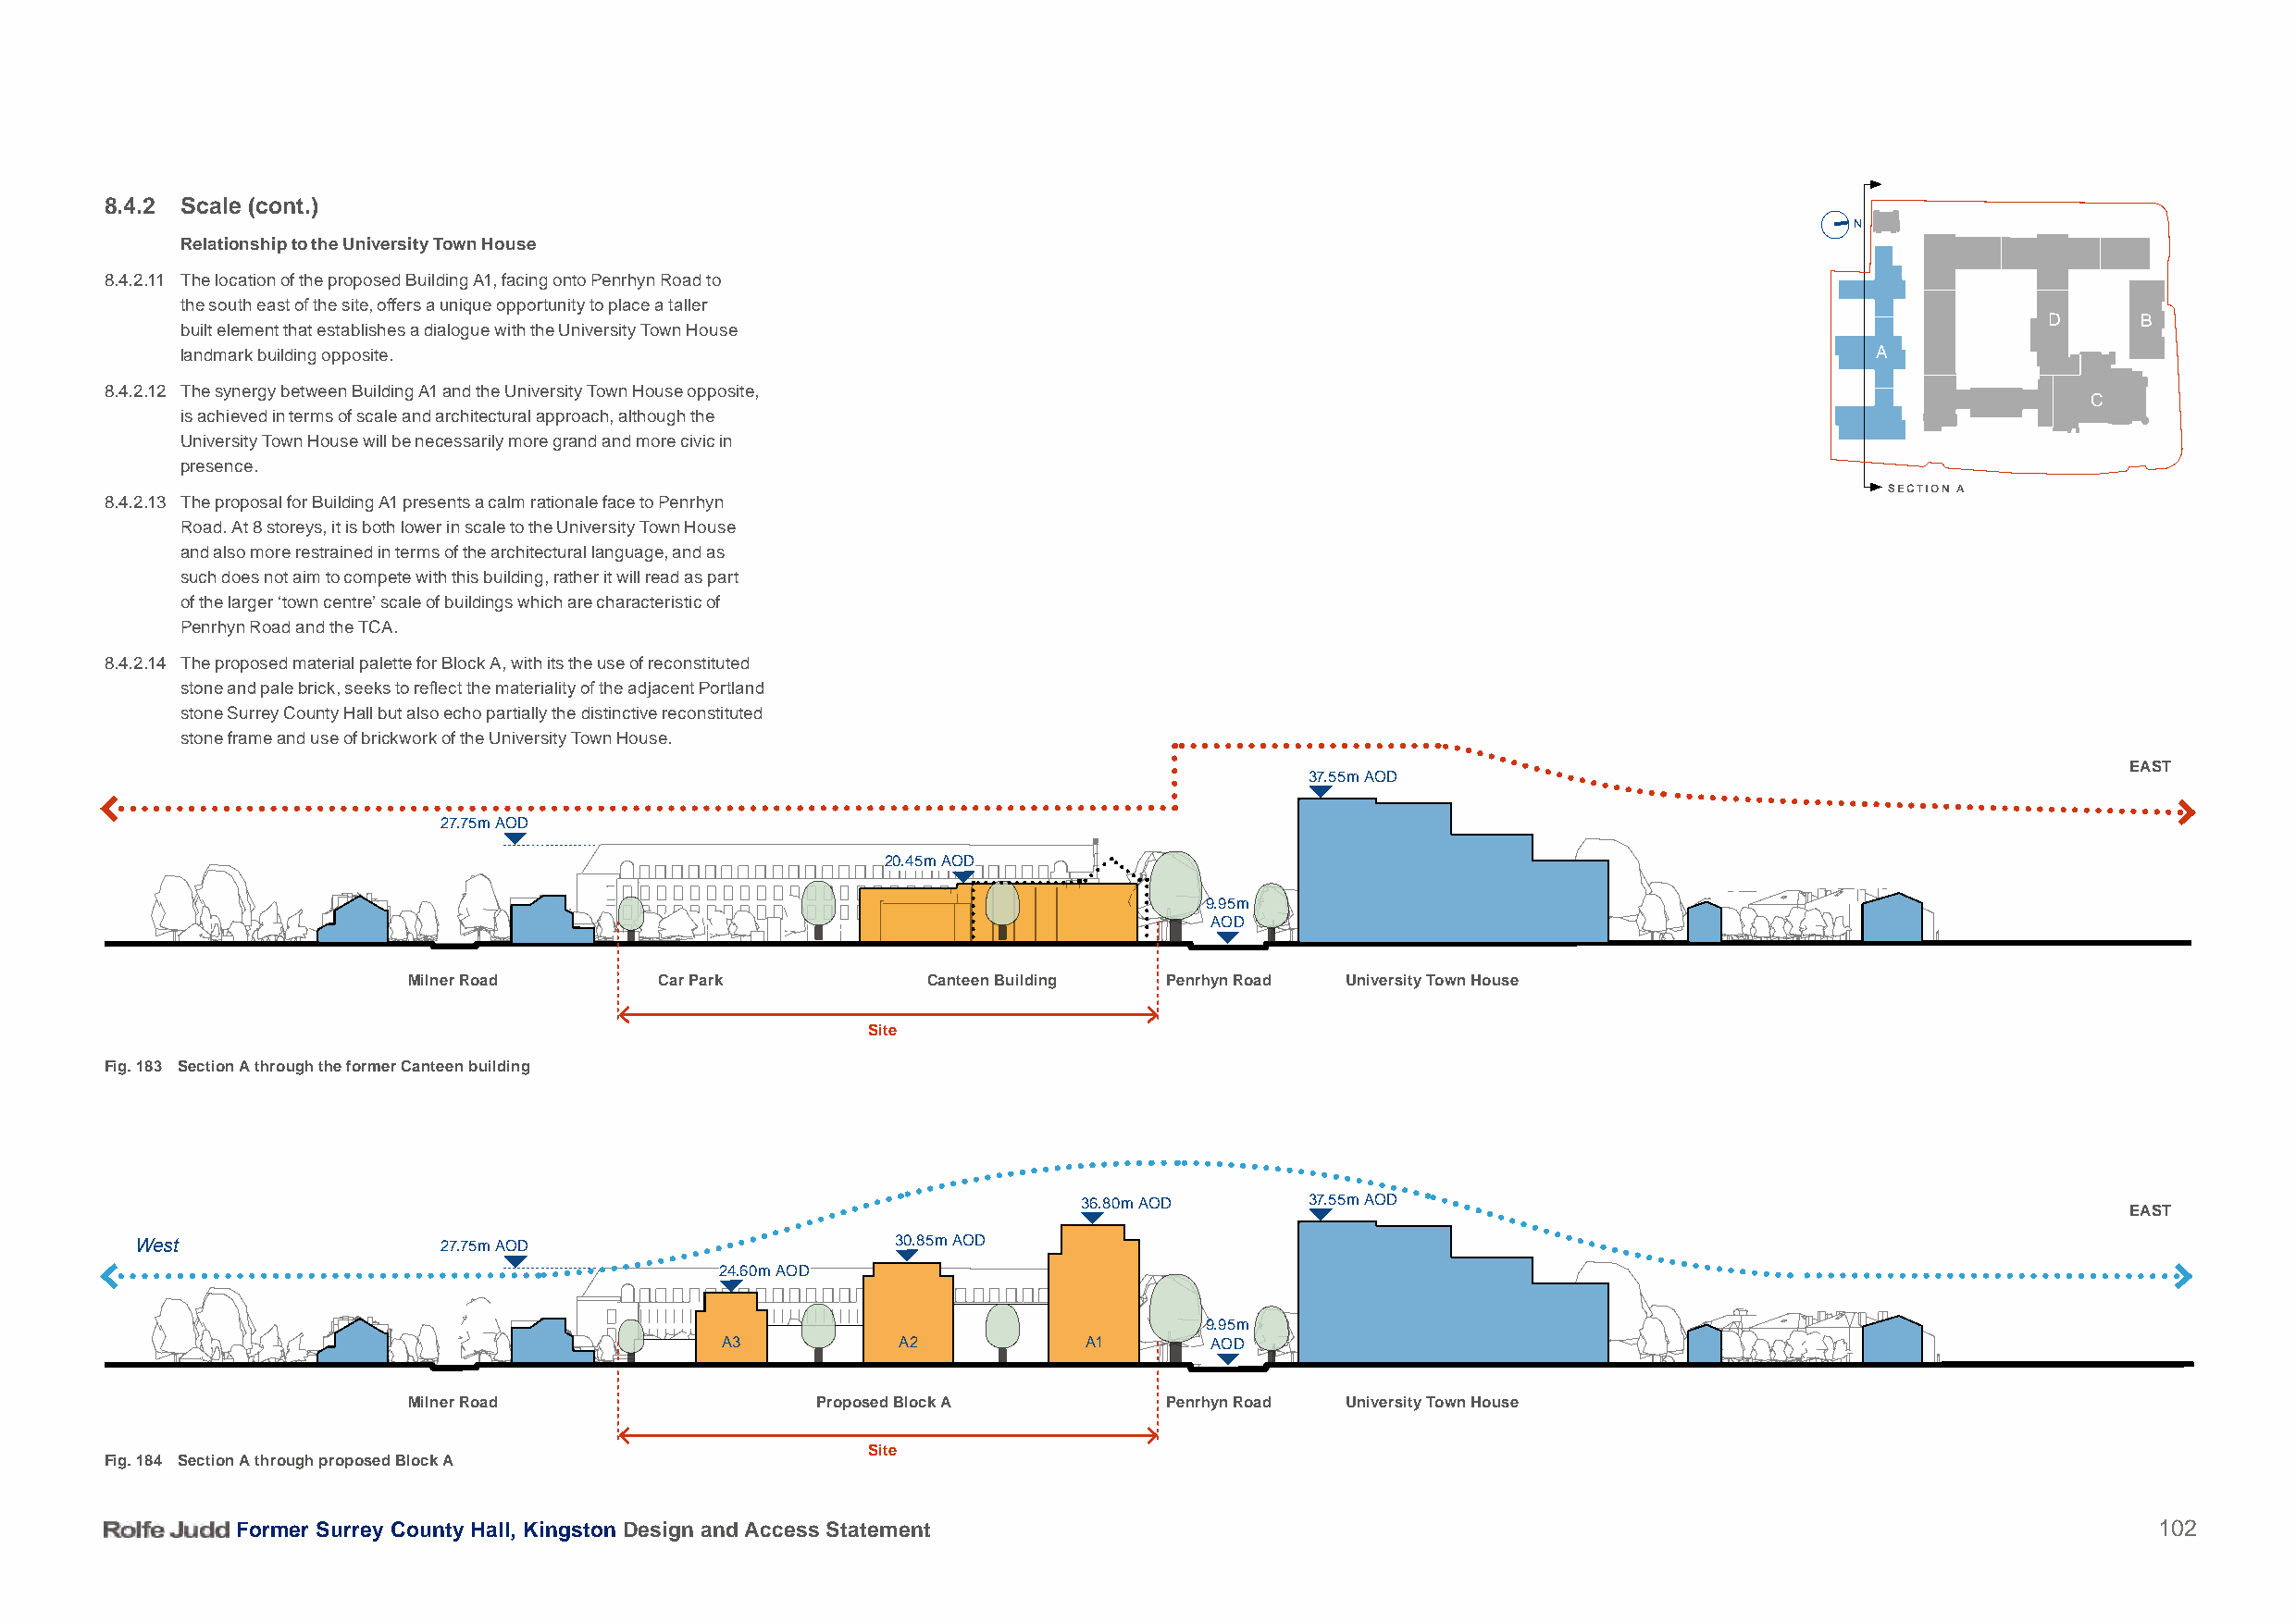
8.4.2 Scale (cont.)
 N
 Relationship to the University Town House
 8.4.2.11 The location of the proposed Building A1, facing onto Penrhyn Road to
 the south east of the site, offers a unique opportunity to place a taller
 D      B
 built element that establishes a dialogue with the University Town House
 landmark building opposite.                                                                                              A
 8.4.2.12 The synergy between Building A1 and the University Town House opposite,
 C
 is achieved in terms of scale and architectural approach, although the
 University Town House will be necessarily more grand and more civic in
 presence.
 SECTION A
 8.4.2.13 The proposal for Building A1 presents a calm rationale face to Penrhyn
 Road. At 8 storeys, it is both lower in scale to the University Town House
 and also more restrained in terms of the architectural language, and as
 such does not aim to compete with this building, rather it will read as part
 of the larger ‘town centre’ scale of buildings which are characteristic of
 Penrhyn Road and the TCA.
 8.4.2.14 The proposed material palette for Block A, with its the use of reconstituted
 stone and pale brick, seeks to reflect the materiality of the adjacent Portland
 stone Surrey County Hall but also echo partially the distinctive reconstituted
 stone frame and use of brickwork of the University Town House.
 EAST
 37.55m AOD
 27.75m AOD
 20.45m AOD
 9.95m
 AOD
 Milner Road       Car Park           Canteen Building Penrhyn Road University Town House
 Site
 Fig. 183 Section A through the former Canteen building
 36.80m AOD       37.55m AOD
 EAST
 West                  27.75m AOD                      30.85m AOD
 24.60m AOD
 9.95m
 A3          A2            A1       AOD
 Milner Road                  Proposed Block A         Penrhyn Road University Town House
 Site
 Fig. 184 Section A through proposed Block A
 Former Surrey County Hall, Kingston Design and Access Statement                                                                          102